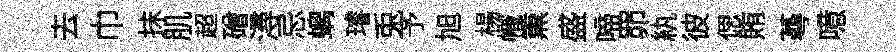
去巾抹肌超磳潯忌螭璿兎予旭楊幟𤋱盛啼𦊑紈彼偲賄蕚噫